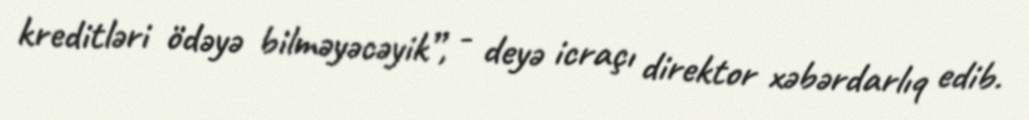
kreditləri ödəyə bilməyəcəyik”, - deyə icraçı direktor xəbərdarlıq edib.